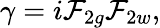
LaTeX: {\gamma}=i{\cal F}_{2g}{\cal F}_{2w},